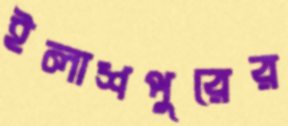
ইলাশপুরের